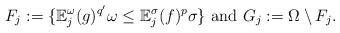
LaTeX: \begin{align*}F_j:=\{\mathbb E^{\omega}_j(g)^{q'}\omega\leq \mathbb E^{\sigma}_j(f)^{p}\sigma\}\hbox{ and }G_j:= \Omega\setminus F_j.\end{align*}